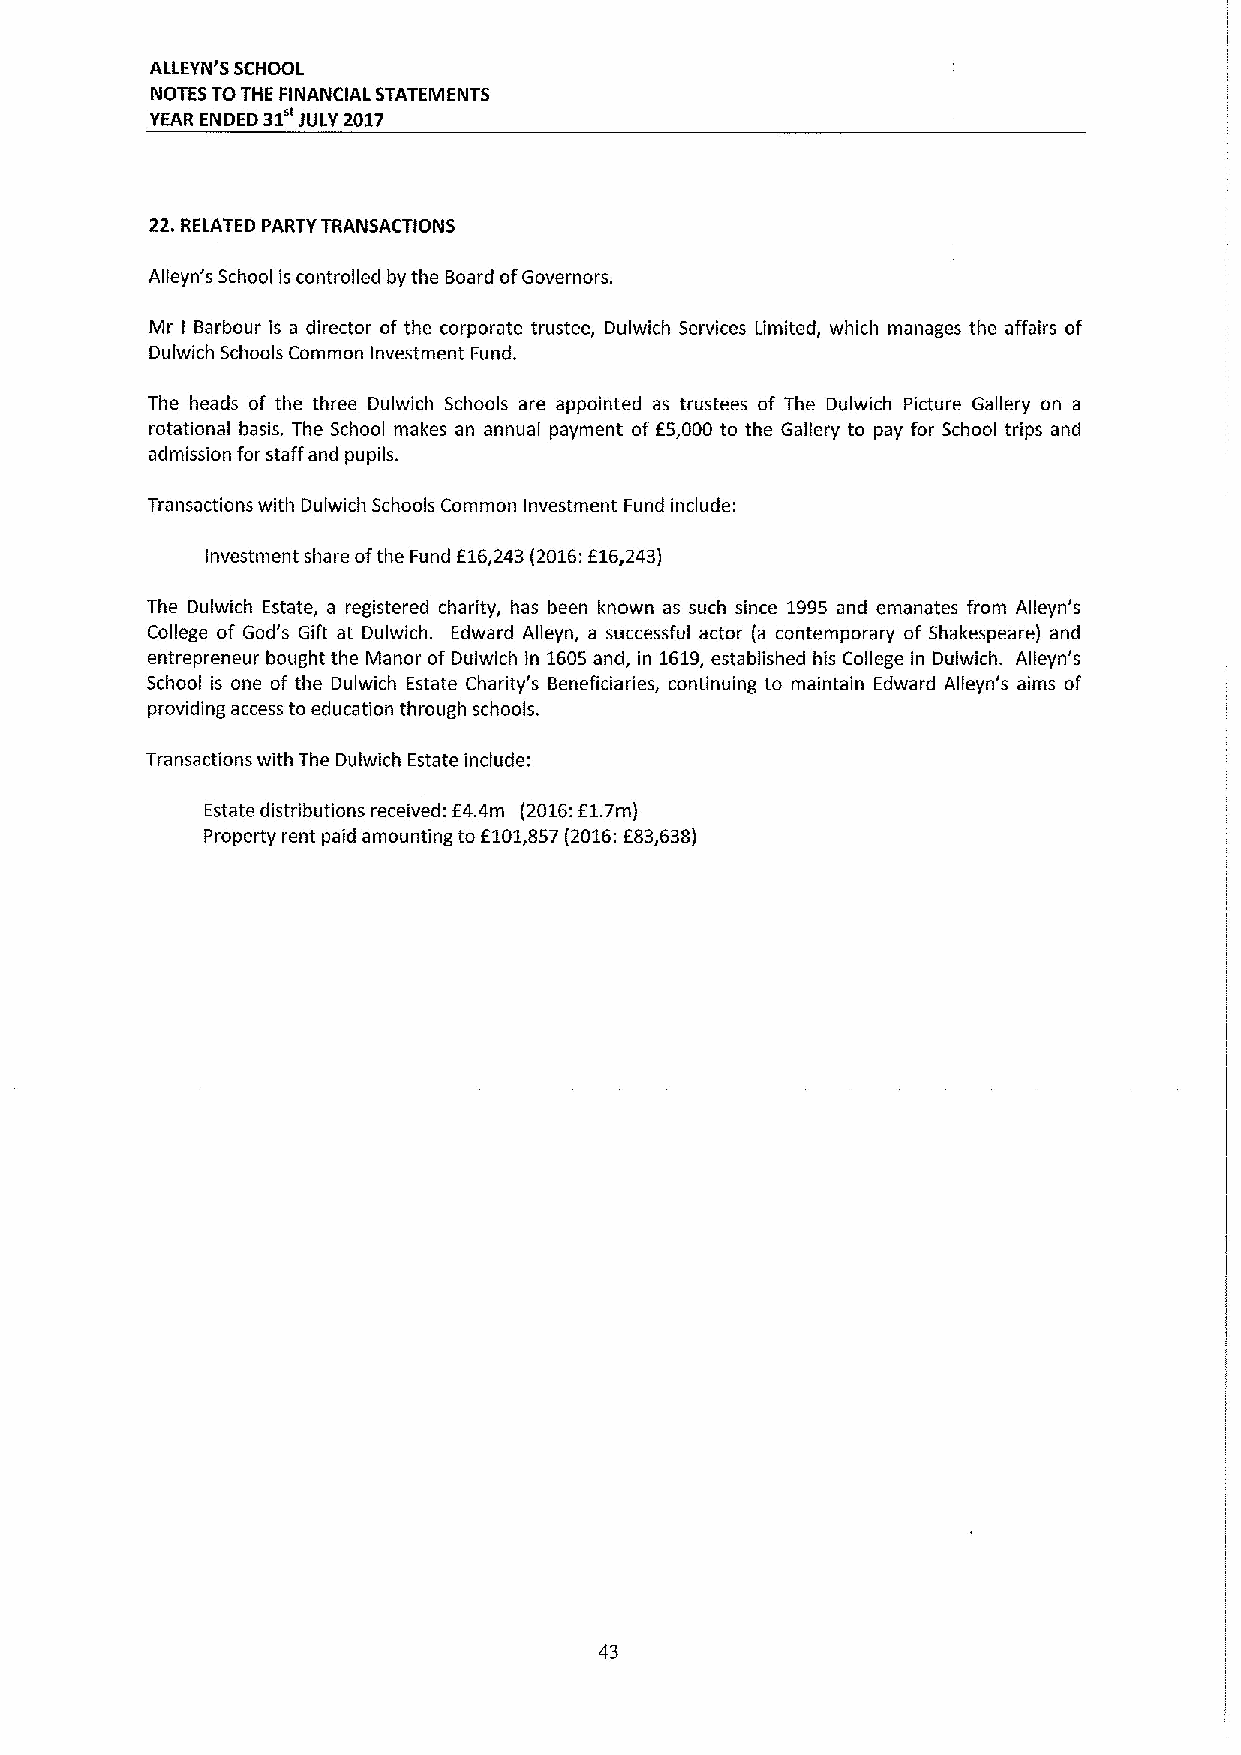
ALLEYN'S SCHOOL
 NOTES TOTHE FINANCIAL STATEMENTS
 YEAR ENDED 31 JULY 2017
 22.RELATED PARTY TRANSACTIONS
 Alleyn's School is controlled by the Board ofGovernors.
 Mr Barbour is a director of the corporate trustee, Dulwich Services Limited, which manages the affairs of
 I
 Dulwich Schools Common Investment Fund.
 The heads of the three Dulwich Schools are appointed as trustees of The Dulwich Picture Gallery on a
 rotational basis. The School makes an annual payment of E5,000 to the Gallery to pay for School trips and
 admission for staff and pupils.
 Transactions with Dulwich Schools Common Investment Fund include:
 Investment share ofthe Fund E16,243 (2016;E16,243)
 The Dulwich Estate, a registered charity, has been known as such since 1995 and emanates from Alleyn's
 College of God's Gift at Dulwich. Edward Alleyn, a successful actor (a contemporary of Shakespeare) and
 entrepreneur bought the Manor of Dulwich in 1605and, in 1619,established his College in Dulwich. Alleyn's
 School is one of the Dulwich Estate Charity's Beneficiaries, continuing to maintain Edward Alleyn's aims of
 providing access to education through schools.
 Transactions with The Dulwich Estate include:
 Estate distributions received: E4.4m (2016:E1.7m)
 Property rent paid amounting to 6101,857(2016:E83,638)
 43